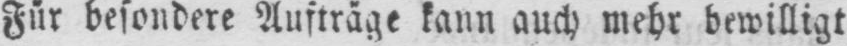
Für besondere Aufträge kann auch mehr bewilligt